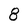
Character: 8